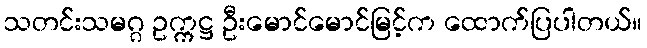
သတင်းသမဂ္ဂ ဥက္ကဋ္ဌ ဦးမောင်မောင်မြင့်က ထောက်ပြပါတယ်။